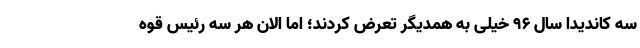
سه کاندیدا سال ۹۶ خیلی به همدیگر تعرض کردند؛ اما الان هر سه رئیس قوه